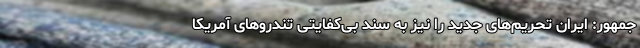
جمهور: ایران تحریم‌های جدید را نیز به سند بی‌کفایتی تندروهای آمریکا